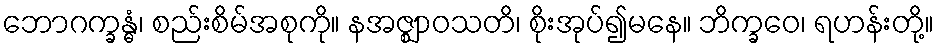
ဘောဂက္ခန္ဓံ၊ စည်းစိမ်အစုကို။ နအဇ္ဈာဝသတိ၊ စိုးအုပ်၍မနေ။ ဘိက္ခဝေ၊ ရဟန်းတို့။